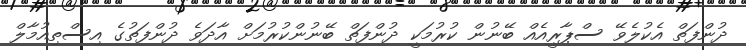
ދުންފަތް އެކުލެވޭ ސްޕާރީއެއް ބޭނުން ކުރުމަކީ ދުންފަތް ބޭނުންކުރުމަށް އާދަވެ ދުންފަތުގެ އިސްތިއުމާލް